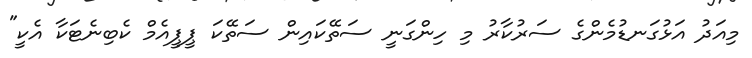
މިއަދު އަޅުގަނޑުމެންގެ ސަރުކާރު މި ހިންގަނީ ސަތޭކައިން ސަތޭކަ ޕީޕީއެމް ކެބިނެޓަކާ އެކީ"